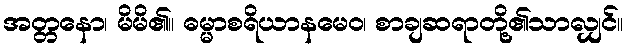
အတ္တနော၊ မိမိ၏။ ဓမ္မာစရိယာနမေဝ၊ စာချဆရာတို့၏သာလျှင်။